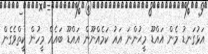
އަޅުގަނޑު މެން އައްޑޫ މީޙުންނަ އައު ކަމެއްނޫން އައްޑޫ ބައެއް މީހުން ކީތްވެގެން